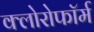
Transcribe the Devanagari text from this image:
क्‍लोरोफॉर्म